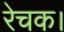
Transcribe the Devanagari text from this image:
रेचक।